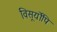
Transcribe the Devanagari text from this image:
विसूर्योपि